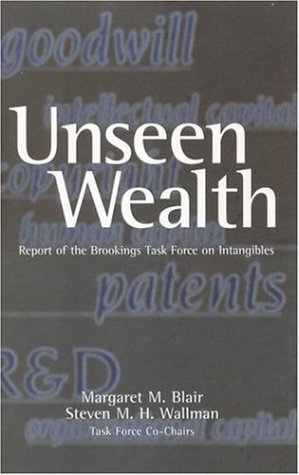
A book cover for Unseen Wealth: Report of the Brookings Task Force on Intangibles; Business & Money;